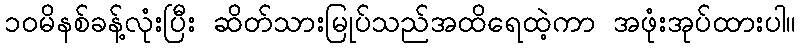
၁၀မိနစ်ခန့်လုံးပြီး ဆိတ်သားမြုပ်သည်အထိရေထဲ့ကာ အဖုံးအုပ်ထားပါ။